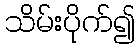
သိမ်းပိုက်၍